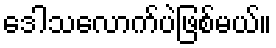
ဒေါသလောက်ပဲဖြစ်မယ်။